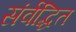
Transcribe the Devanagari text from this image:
संर्वद्धित